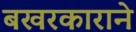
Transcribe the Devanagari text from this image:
बखरकाराने